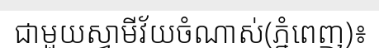
ជាមួយស្វាមីវ័យចំណាស់(ភ្នំពេញ)៖